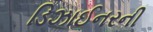
ડિઝાઈનરની